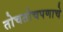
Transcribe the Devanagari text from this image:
तोचतोचपणाचे